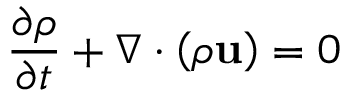
{ \frac { \partial \rho } { \partial t } } + \nabla \cdot \left( \rho \mathbf { u } \right) = 0